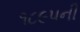
૧૮૯૫ની